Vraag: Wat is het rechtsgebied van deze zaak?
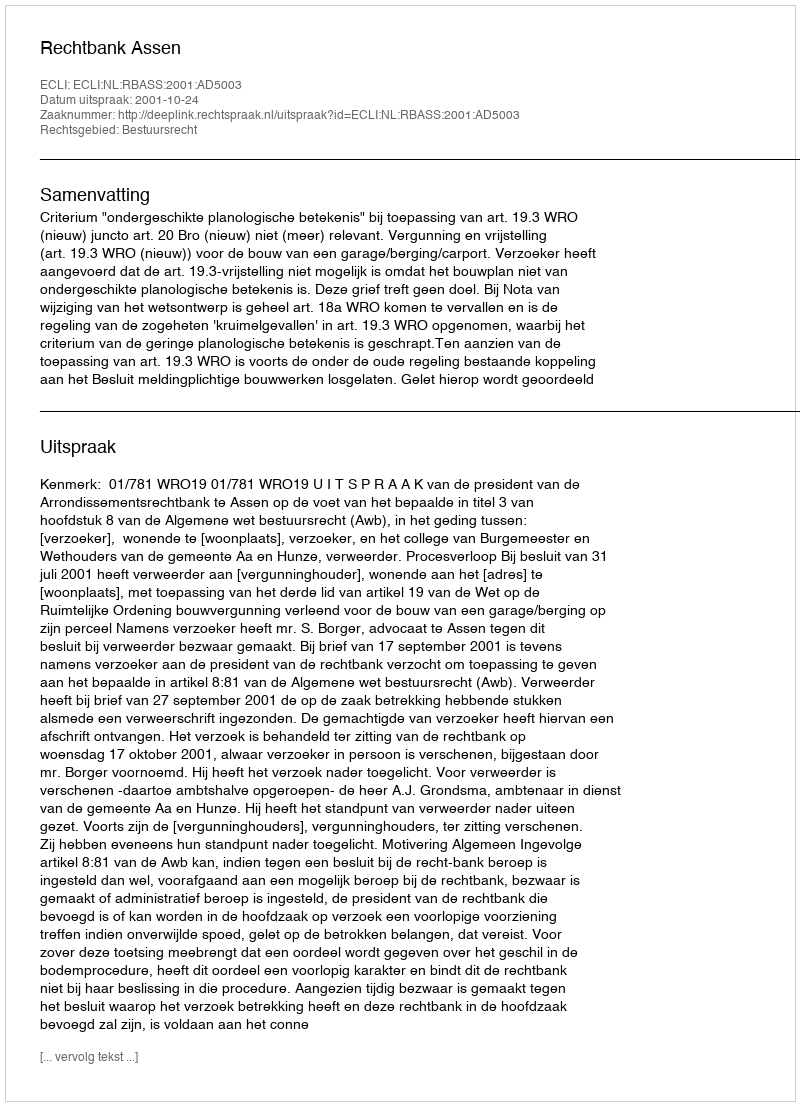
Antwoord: Bestuursrecht